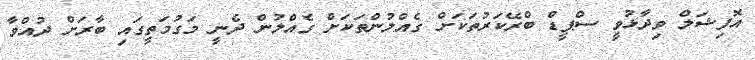
އޮފިޝަލް ވިދާޅުވީ ސްޕީޑް ބްރޭކަރުތަކަށް ގެއްލުންތަކަށް ގެއްލުން ދެނީ މަގުމަތީގައި ބާރަށް ދުއްވާ